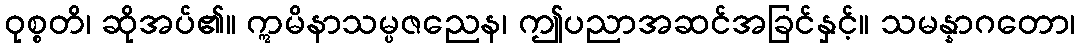
ဝုစ္စတိ၊ ဆိုအပ်၏။ ဣမိနာသမ္ပဇညေန၊ ဤပညာအဆင်အခြင်နှင့်။ သမန္နာဂတော၊